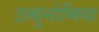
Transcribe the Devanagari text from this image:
उत्सुनोमिया